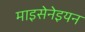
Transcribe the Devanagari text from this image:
माइसेनेइयन